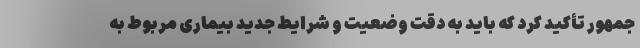
جمهور تأکید کرد که باید به دقت وضعیت و شرایط جدید بیماری مربوط به